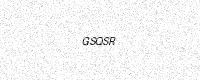
Text: GSQSR